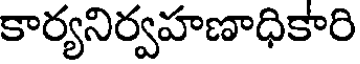
కార్యనిర్వహణాధికారి